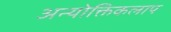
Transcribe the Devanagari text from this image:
अन्योक्तिकलाप